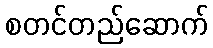
စတင်တည်ဆောက်